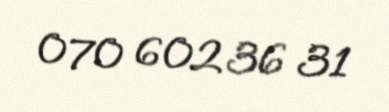
070 602 36 31